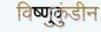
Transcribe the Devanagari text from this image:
विष्णुकुंडीन